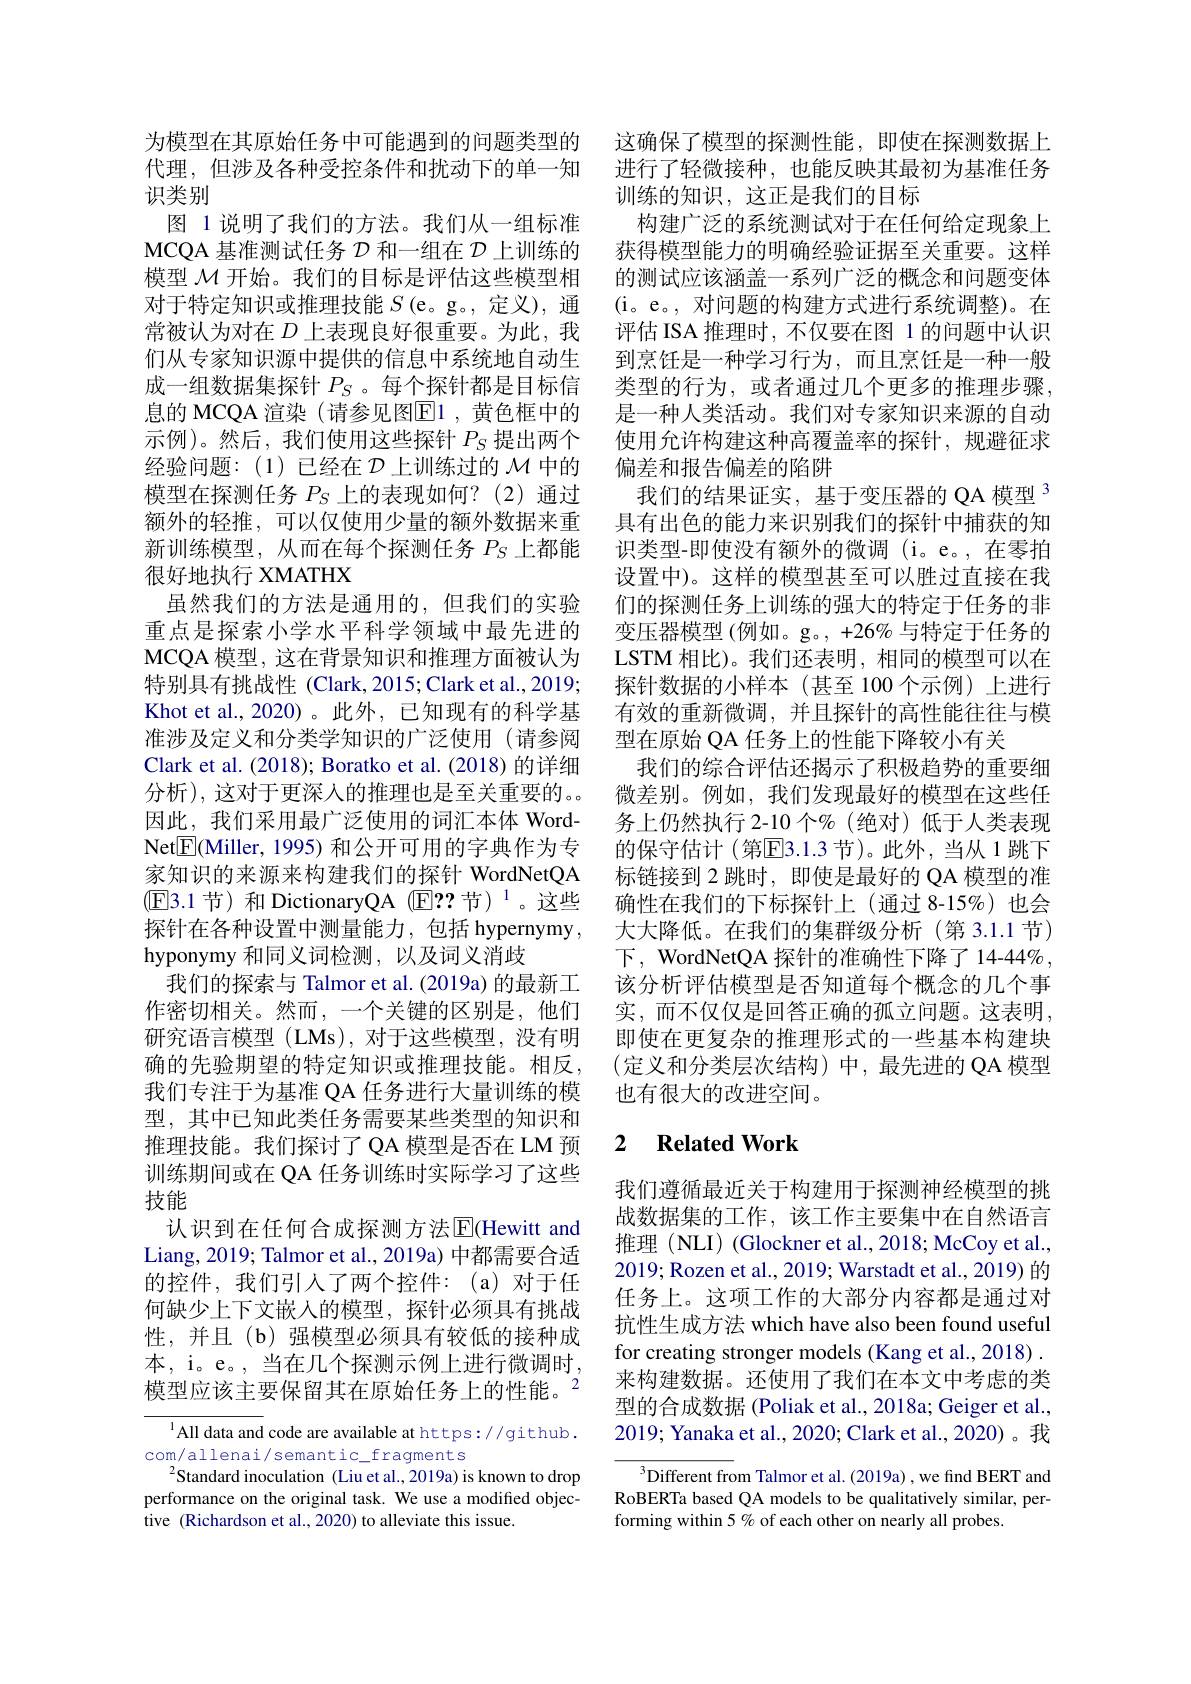
为模型在其原始任务中可能遇到的问题类型的代理，但涉及各种受控条件和扰动下的单一知识类别
图 1 说明了我们的方法。我们从一组标准MCQA 基准测试任务$\mathcal{D}$和一组在$\mathcal{D}$上训练的模型$\mathcal{M}$开始。我们的目标是评估这些模型相对于特定知识或推理技能$S\left(\mathrm{e}\mathrm{。g}\mathrm{。,~}\text{定义),通}\right.$ 常被认为对在$D$上表现良好很重要。为此，我们从专家知识源中提供的信息中系统地自动生成一组数据集探针$P_S$ 。每个探针都是目标信息的 MCQA 渲染 (请参见图E1 ,黄色框中的示例)。然后，我们使用这些探针$P_S$提出两个经验问题：(1)已经在$\mathcal{D}$上训练过的 $\mathcal{M}$ 中的模型在探测任务$P_S$上的表现如何？(2)通过额外的轻推，可以仅使用少量的额外数据来重新训练模型，从而在每个探测任务$P_S$上都能很好地执行 XMATHX
虽然我们的方法是通用的，但我们的实验重点是探索小学水平科学领域中最先进的MCQA 模型，这在背景知识和推理方面被认为特别具有挑战性 (Clark,2015;Clark et al.,2019; Khot et al., 2020)。此外，已知现有的科学基准涉及定义和分类学知识的广泛使用(请参阅Clark et al. (2018); Boratko et al. (2018) 的详细分析),这对于更深人的推理也是至关重要的。因此，我们采用最广泛使用的词汇本体 WordNet$\boxed{\mathrm{F}}($Miller, 1995) 和公开可用的字典作为专家知识的来源来构建我们的探针 WordNetQA (E3.1 节) 和 DictionaryQA (E?? 节)$^{1}$。这些探针在各种设置中测量能力，包括 hypernymy , hyponymy 和同义词检测，以及词义消歧
我们的探索与 Talmor et al. (2019a) 的最新工作密切相关。然而，一个关键的区别是，他们研究语言模型 (LMs), 对于这些模型，没有明确的先验期望的特定知识或推理技能。相反， 我们专注于为基准 QA 任务进行大量训练的模型，其中已知此类任务需要某些类型的知识和推理技能。我们探讨了 QA 模型是否在 LM 预训练期间或在 QA 任务训练时实际学习了这些技能
认识到在任何合成探测方法$\operatorname{E}($Hewitt and Liang, 2019; Talmor et al., 2019a) 中都需要合适的控件，我们引入了两个控件：(a)对于任何缺少上下文嵌人的模型，探针必须具有挑战性，并且(b)强模型必须具有较低的接种成本，i。e。, 当在几个探测示例上进行微调时， 模型应该主要保留其在原始任务上的性能。$^{2}$

$^{1}$All data and code are available at https://github.
com/allenai/semantic\_fragments
$^2$Standard inoculation (Liu et al., 2019a) is known to drop performance on the original task. We use a modified objective (Richardson et al.,2020) to alleviate this issue.

这确保了模型的探测性能，即使在探测数据上进行了轻微接种，也能反映其最初为基准任务训练的知识，这正是我们的目标
构建广泛的系统测试对于在任何给定现象上获得模型能力的明确经验证据至关重要。这样的测试应该涵盖一系列广泛的概念和问题变体(i。e。, 对问题的构建方式进行系统调整)。在评估 ISA 推理时，不仅要在图 1 的问题中认识到烹饪是一种学习行为，而且烹饪是一种一般类型的行为，或者通过几个更多的推理步骤， 是一种人类活动。我们对专家知识来源的自动使用允许构建这种高覆盖率的探针，规避征求偏差和报告偏差的陷阱
我们的结果证实，基于变压器的 QA 模型 3具有出色的能力来识别我们的探针中捕获的知识类型-即使没有额外的微调(i。e。,在零拍设置中)。这样的模型甚至可以胜过直接在我们的探测任务上训练的强大的特定于任务的非变压器模型(例如。g。, +26% 与特定于任务的LSTM 相比)。我们还表明，相同的模型可以在探针数据的小样本(甚至 100 个示例)上进行有效的重新微调，并且探针的高性能往往与模型在原始 QA 任务上的性能下降较小有关
我们的综合评估还揭示了积极趋势的重要细微差别。例如，我们发现最好的模型在这些任务上仍然执行 2-10 个% (绝对)低于人类表现的保守估计(第$\overline{\mathrm{E}}3.1.3$ 节)。此外，当从 1跳下标链接到 2 跳时，即使是最好的 QA 模型的准确性在我们的下标探针上(通过 8-15%)也会大大降低。在我们的集群级分析(第3.1.1节) 下，WordNetQA 探针的准确性下降了 14-44%, 该分析评估模型是否知道每个概念的几个事实，而不仅仅是回答正确的孤立问题。这表明， 即使在更复杂的推理形式的一些基本构建块(定义和分类层次结构)中，最先进的 QA 模型也有很大的改进空间。

## 2 $\textbf{Related Work}$

我们遵循最近关于构建用于探测神经模型的挑战数据集的工作，该工作主要集中在自然语言推理 (NLI) (Glockner et al.,2018; McCoy et al., 2019; Rozen et al., 2019; Warstadt et al., 2019) 的任务上。这项工作的大部分内容都是通过对抗性生成方法 which have also been found useful for creating stronger models (Kang et al., 2018) . 来构建数据。还使用了我们在本文中考虑的类型的合成数据 (Poliak et al., 2018a; Geiger et al., 2019; Yanaka et al., 2020; Clark et al., 2020)。我

$^{3}$Different from Talmor et al. (2019a) , we find BERT and RoBERTa based QA models to be qualitatively similar, performing within 5 % of each other on nearly all probes.